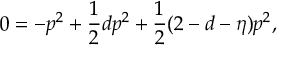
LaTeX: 0 = - p ^ { 2 } + \frac { 1 } { 2 } d p ^ { 2 } + \frac { 1 } { 2 } ( 2 - d - \eta ) p ^ { 2 } ,